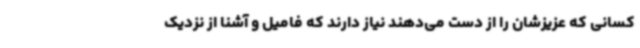
کسانی که عزیزشان را از دست می‌دهند نیاز دارند که فامیل و آشنا از نزدیک